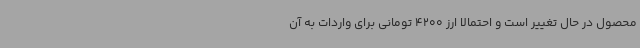
محصول در حال تغییر است و احتمالا ارز 4200 تومانی برای واردات به آن